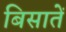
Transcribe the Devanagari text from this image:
बिसातें